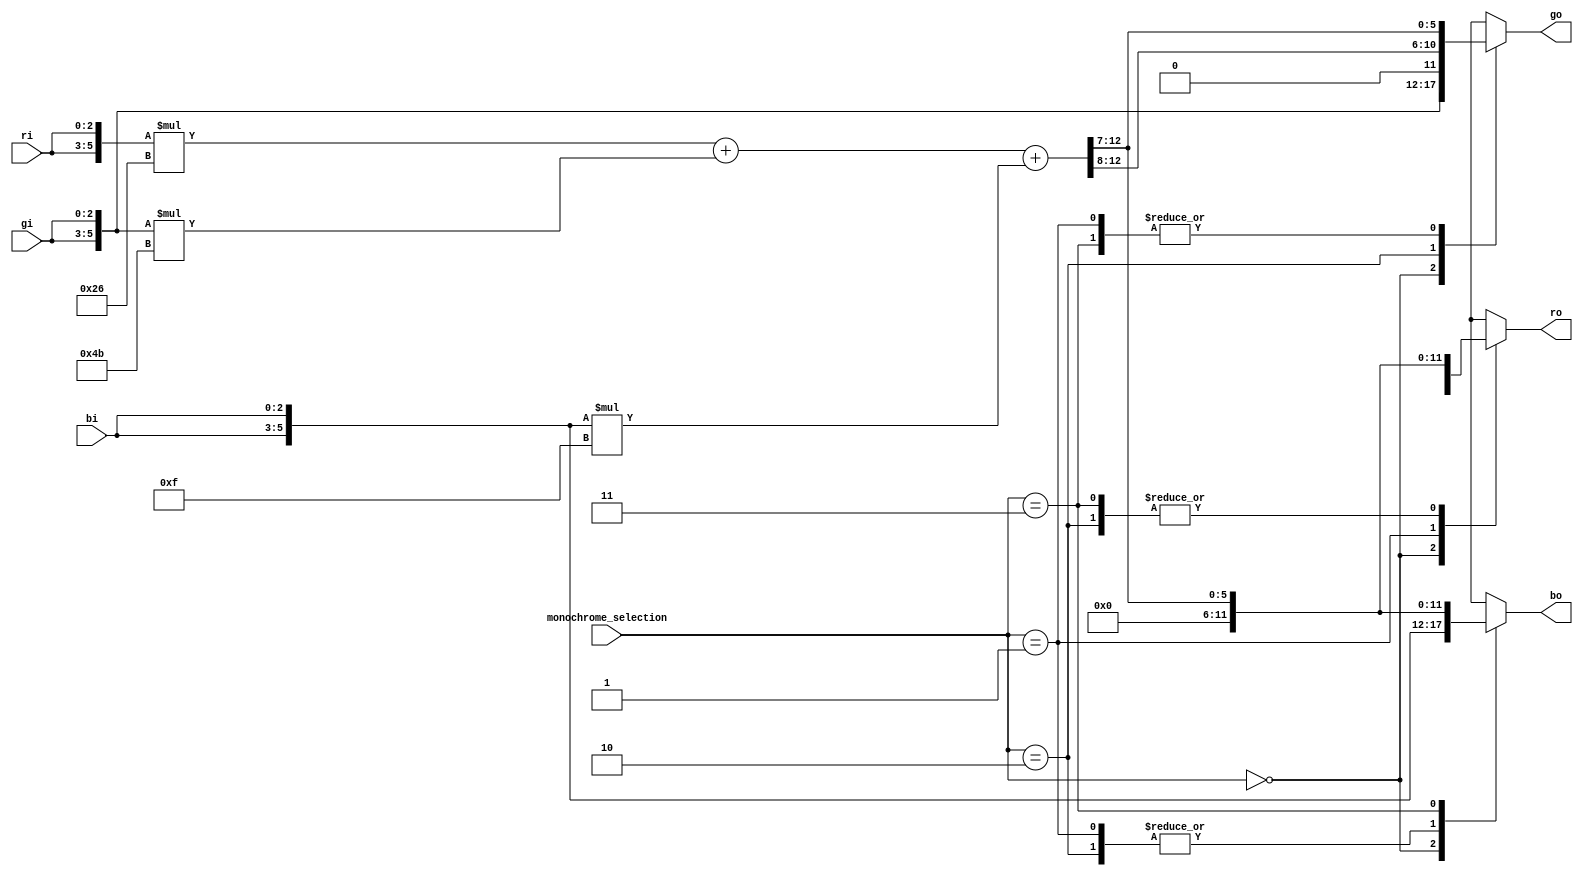
`timescale 1ns / 1ps
`default_nettype none

//////////////////////////////////////////////////////////////////////////////////
// Company: 
// Engineer: 
// 
// Design Name: 
// Module Name:    monochrome
// Project Name: 
// Target Devices: 
// Tool versions: 
// Description: 
//
// Dependencies: 
//
// Revision: 
// Revision 0.01 - File Created
// Additional Comments: 
//
//////////////////////////////////////////////////////////////////////////////////

module monochrome6b (
  input wire [1:0] monochrome_selection,
  input wire [2:0] ri,
  input wire [2:0] gi,
  input wire [2:0] bi,
  output reg [5:0] ro,
  output reg [5:0] go,
  output reg [5:0] bo  
  );

  wire [5:0] r6b = {ri,ri};
  wire [5:0] g6b = {gi,gi};
  wire [5:0] b6b = {bi,bi};
  
  wire [12:0] grisp = r6b*7'd38 + g6b*7'd75 + b6b * 7'd15;
  wire [5:0] gris = grisp[12:7];
  always @* begin
    case (monochrome_selection)
      2'b00:
        begin
          ro = r6b;
          go = g6b;
          bo = b6b;
        end 
      2'b01:
        begin
          ro = 6'h00;
          go = gris;
          bo = 6'h00;
        end
      2'b10:
        begin
          ro = gris;
          go = {1'b0,gris[5:1]};
          bo = 6'h00;
        end
      2'b11:
        begin
          ro = gris;
          go = gris;
          bo = gris;
        end
      default:
        begin
          ro = r6b;
          go = g6b;
          bo = b6b;
        end 
    endcase
  end  
endmodule